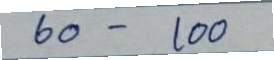
60 - 100